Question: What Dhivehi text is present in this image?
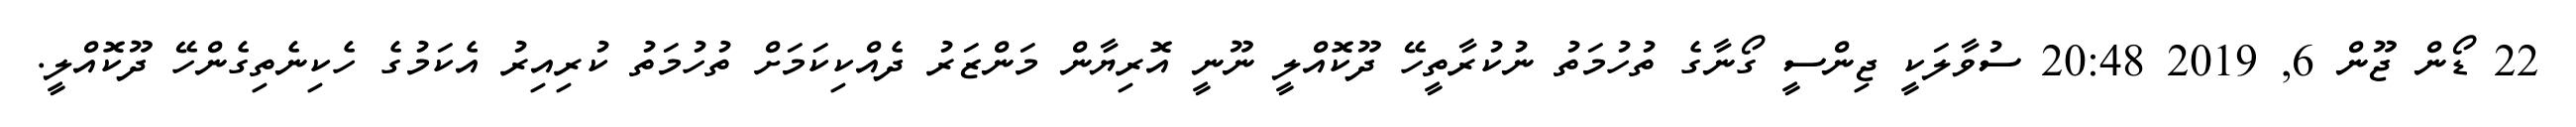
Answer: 22 ޑޯން ޖޫން 6, 2019 20:48 ސުވާލަކީ ޖިންސީ ގޯނާގެ ތުހުމަތު ނުކުރާތީހޭ ދޫކޮއްލީ ނޫނީ އޮރިޔާން މަންޒަރު ދެއްކިކަމަށް ތުހުމަތު ކުރިއިރު އެކަމުގެ ހެކިނެތިގެންހޭ ދޫކޮއްލީ.